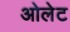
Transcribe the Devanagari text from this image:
ओलेट